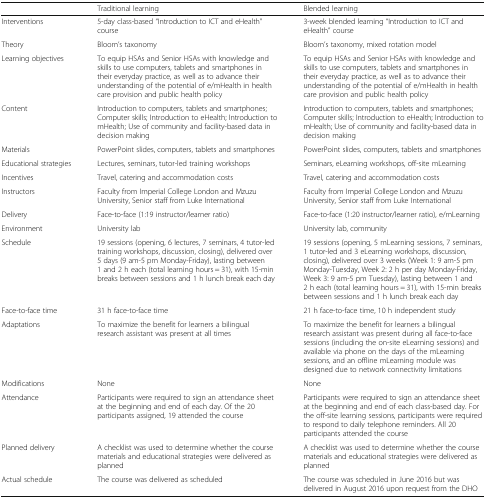
<table><thead><tr><td></td><td><b>Traditional learning</b></td><td><b>Blended learning</b></td></tr></thead><tbody><tr><td>Interventions</td><td>5-day class-based “Introduction to ICT and eHealth” course</td><td>3-week blended learning “Introduction to ICT and eHealth” course</td></tr><tr><td>Theory</td><td>Bloom’s taxonomy</td><td>Bloom’s taxonomy, mixed rotation model</td></tr><tr><td>Learning objectives</td><td>To equip HSAs and Senior HSAs with knowledge and skills to use computers, tablets and smartphones in their everyday practice, as well as to advance their understanding of the potential of e/mHealth in health care provision and public health policy</td><td>To equip HSAs and Senior HSAs with knowledge and skills to use computers, tablets and smartphones in their everyday practice, as well as to advance their understanding of the potential of e/mHealth in health care provision and public health policy</td></tr><tr><td>Content</td><td>Introduction to computers, tablets and smartphones; Computer skills; Introduction to eHealth; Introduction to mHealth; Use of community and facility-based data in decision making</td><td>Introduction to computers, tablets and smartphones; Computer skills; Introduction to eHealth; Introduction to mHealth; Use of community and facility-based data in decision making</td></tr><tr><td>Materials</td><td>PowerPoint slides, computers, tablets and smartphones</td><td>PowerPoint slides, computers, tablets and smartphones</td></tr><tr><td>Educational strategies</td><td>Lectures, seminars, tutor-led training workshops</td><td>Seminars, eLearning workshops, off-site mLearning</td></tr><tr><td>Incentives</td><td>Travel, catering and accommodation costs</td><td>Travel, catering and accommodation costs</td></tr><tr><td>Instructors</td><td>Faculty from Imperial College London and Mzuzu University, Senior staff from Luke International</td><td>Faculty from Imperial College London and Mzuzu University, Senior staff from Luke International</td></tr><tr><td>Delivery</td><td>Face-to-face (1:19 instructor/learner ratio)</td><td>Face-to-face (1:20 instructor/learner ratio), e/mLearning</td></tr><tr><td>Environment</td><td>University lab</td><td>University lab, community</td></tr><tr><td>Schedule</td><td>19 sessions (opening, 6 lectures, 7 seminars, 4 tutor-led training workshops, discussion, closing), delivered over 5 days (9 am-5 pm Monday-Friday), lasting between 1 and 2 h each (total learning hours = 31), with 15-min breaks between sessions and 1 h lunch break each day</td><td>19 sessions (opening, 5 mLearning sessions, 7 seminars, 1 tutor-led and 3 eLearning workshops, discussion, closing), delivered over 3 weeks (Week 1: 9 am-5 pm Monday-Tuesday, Week 2: 2 h per day Monday-Friday, Week 3: 9 am-5 pm Tuesday), lasting between 1 and 2 h each (total learning hours = 31), with 15-min breaks between sessions and 1 h lunch break each day</td></tr><tr><td>Face-to-face time</td><td>31 h face-to-face time</td><td>21 h face-to-face time, 10 h independent study</td></tr><tr><td>Adaptations</td><td>To maximize the benefit for learners a bilingual research assistant was present at all times</td><td>To maximize the benefit for learners a bilingual research assistant was present during all face-to-face sessions (including the on-site eLearning sessions) and available via phone on the days of the mLearning sessions, and an offline mLearning module was designed due to network connectivity limitations</td></tr><tr><td>Modifications</td><td>None</td><td>None</td></tr><tr><td>Attendance</td><td>Participants were required to sign an attendance sheet at the beginning and end of each day. Of the 20 participants assigned, 19 attended the course</td><td>Participants were required to sign an attendance sheet at the beginning and end of each class-based day. For the off-site learning sessions, participants were required to respond to daily telephone reminders. All 20 participants attended the course</td></tr><tr><td>Planned delivery</td><td>A checklist was used to determine whether the course materials and educational strategies were delivered as planned</td><td>A checklist was used to determine whether the course materials and educational strategies were delivered as planned</td></tr><tr><td>Actual schedule</td><td>The course was delivered as scheduled</td><td>The course was scheduled in June 2016 but was delivered in August 2016 upon request from the DHO</td></tr></tbody></table>